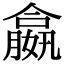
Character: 𡢣